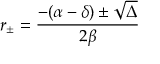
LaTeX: r _ { \pm } = \frac { - ( \alpha - \delta ) \pm \sqrt { \Delta } } { 2 \beta }